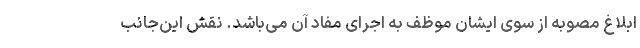
ابلاغ مصوبه از سوی ایشان موظف به اجرای مفاد آن می‌باشد. نقش این‌جانب